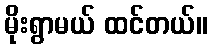
မိုးရွာမယ် ထင်တယ်။